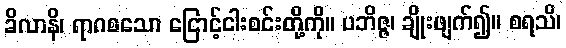
ခိလာနိ၊ ရာဂစသော ငြောင့်ငါးစင်းတို့ကို။ ပဘိဇ္ဇ၊ ချိုးဖျက်၍။ စရသိ၊